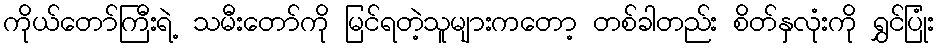
ကိုယ်တော်ကြီးရဲ့ သမီးတော်ကို မြင်ရတဲ့သူများကတော့ တစ်ခါတည်း စိတ်နှလုံးကို ရွှင်ပြုံး